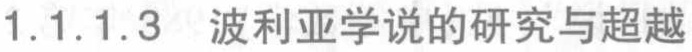
1.1.1.3  波利亚学说的研究与超越